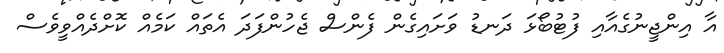
އާ އިންޖީނުގެއާއި ފުޓުބޯޅަ ދަނޑު ވަށައިގެން ފެންސް ޖެހުންފަދަ އެތައް ކަމެއް ކޮށްދެއްވީވެސް